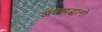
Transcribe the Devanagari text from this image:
अंधश्रद्धानो